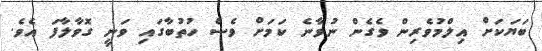
ބަޔަަކަށް އިލްމުވެރިން ވެގެން ނުވާނެ ކަމަށް ވެސް ހުތުބާގައި ވަނީ ގޮވާލާފަ އެވެ.